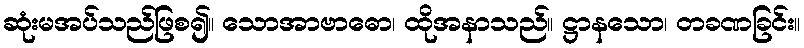
ဆုံးမအပ်သည်ဖြစ၍။ သောအာဗာဓော၊ ထိုအနာသည်။ ဋ္ဌာနသော၊ တခဏခြင်း။